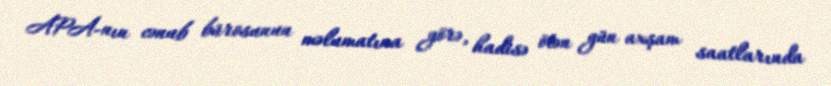
APA-nın cənub bürosunun məlumatına görə, hadisə ötən gün axşam saatlarında